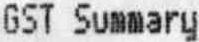
GST SUMMARY